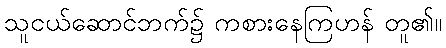
သူငယ်ဆောင်ဘက်၌ ကစားနေကြဟန် တူ၏။